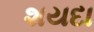
શયદા